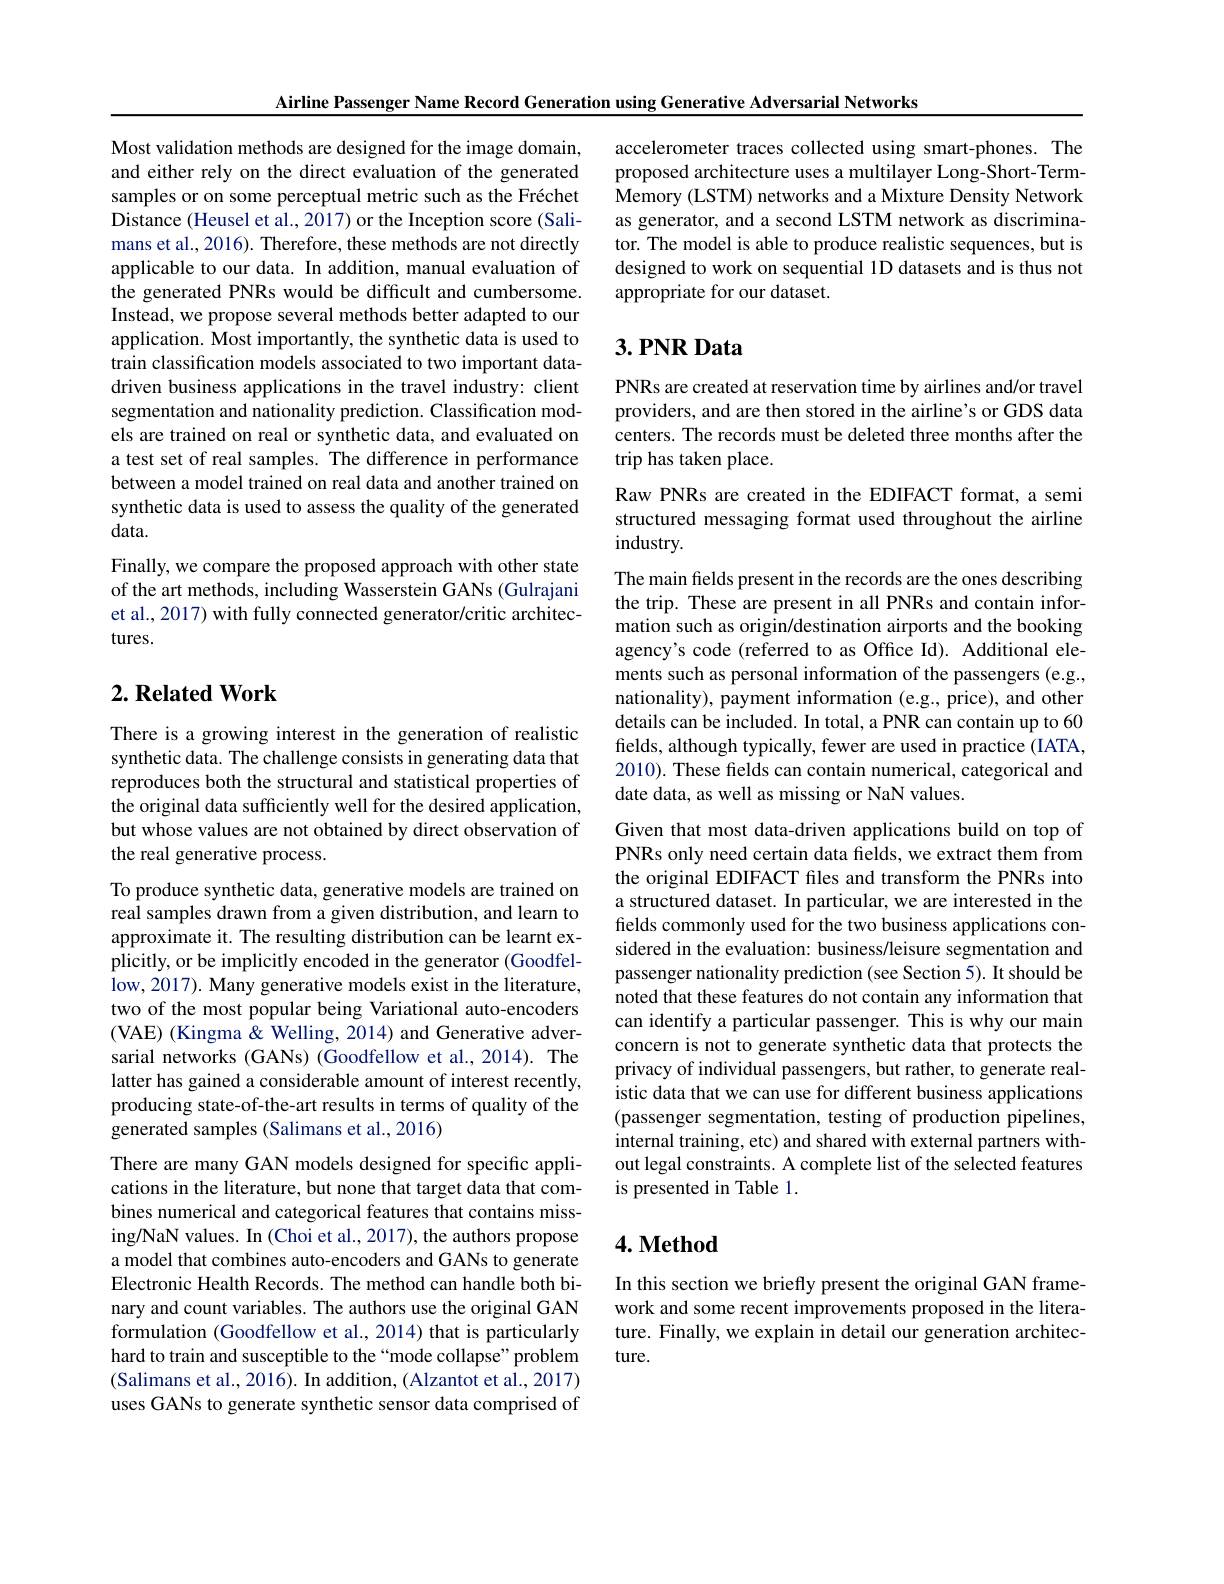
Airline Passenger Name Record Generation using Generative Adversarial Networks

Most validation methods are designed for the image domain, and either rely on the direct evaluation of the generated samples or on some perceptual metric such as the Fréchet Distance (Heusel et al., 2017) or the Inception score (Salimans et al., 2016). Therefore, these methods are not directly applicable to our data. In addition, manual evaluation of the generated PNRs would be difficult and cumbersome. Instead, we propose several methods better adapted to our application. Most importantly, the synthetic data is used to train classification models associated to two important datadriven business applications in the travel industry: client segmentation and nationality prediction. Classification models are trained on real or synthetic data, and evaluated on a test set of real samples. The difference in performance between a model trained on real data and another trained on synthetic data is used to assess the quality of the generated data.
Finally, we compare the proposed approach with other state of the art methods, including Wasserstein GANs (Gulrajani et al., 2017) with fully connected generator/critic architectures.

## $2. \textbf{Related Work}$

There is a growing interest in the generation of realistic synthetic data. The challenge consists in generating data that reproduces both the structural and statistical properties of the original data sufficiently well for the desired application, but whose values are not obtained by direct observation of the real generative process.

To produce synthetic data, generative models are trained on real samples drawn from a given distribution, and learn to approximate it. The resulting distribution can be learnt explicitly, or be implicitly encoded in the generator (Goodfellow, 2017). Many generative models exist in the literature, two of the most popular being Variational auto-encoders (VAE) (Kingma & Welling, 2014) and Generative adversarial networks (GANs) (Goodfellow et al., 2014). The latter has gained a considerable amount of interest recently, producing state-of-the-art results in terms of quality of the generated samples (Salimans et al.,2016)
There are many GAN models designed for specific appli-

cations in the literature, but none that target data that combines numerical and categorical features that contains missing/NaN values. In (Choi et al., 2017), the authors propose a model that combines auto-encoders and GANs to generate Electronic Health Records. The method can handle both binary and count variables. The authors use the original GAN formulation (Goodfellow et al., 2014) that is particularly hard to train and susceptible to the “mode collapse” problem (Salimans et al., 2016). In addition, (Alzantot et al., 2017)

uses GANs to generate synthetic sensor data comprised of

accelerometer traces collected using smart-phones. The proposed architecture uses a multilayer Long-Short-TermMemory (LSTM) networks and a Mixture Density Network as generator, and a second LSTM network as discriminator. The model is able to produce realistic sequences, but is designed to work on sequential 1D datasets and is thus not appropriate for our dataset.

# $3.PNRData$

PNRs are created at reservation time by airlines and/or travel providers, and are then stored in the airline's or GDS data centers. The records must be deleted three months after the trip has taken place.

Raw PNRs are created in the EDIFACT format, a semi structured messaging format used throughout the airline industry.

The main fields present in the records are the ones describing the trip. These are present in all PNRs and contain information such as origin/destination airports and the booking agency's code (referred to as Office Id). Additional elements such as personal information of the passengers (e.g., nationality), payment information (e.g., price), and other details can be included. In total, a PNR can contain up to 60 fields, although typically, fewer are used in practice (IATA, 2010). These felds can contain numerical, categorical and date data, as well as missing or NaN values.

Given that most data-driven applications build on top of PNRs only need certain data fields, we extract them from the original EDIFACT files and transform the PNRs into a structured dataset. In particular, we are interested in the fields commonly used for the two business applications considered in the evaluation: business/leisure segmentation and passenger nationality prediction (see Section 5). It should be noted that these features do not contain any information that can identify a particular passenger. This is why our main concern is not to generate synthetic data that protects the privacy of individual passengers, but rather, to generate realistic data that we can use for different business applications (passenger segmentation, testing of production pipelines, internal training, etc) and shared with external partners without legal constraints. A complete list of the selected features is presented in Table 1.

### $4. \textbf{Method}$

In this section we briefly present the original GAN framework and some recent improvements proposed in the literature. Finally, we explain in detail our generation architecture.